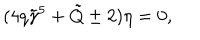
LaTeX: ( 4 q \tilde { \gamma } ^ { 5 } + \tilde { Q } \pm 2 ) \eta = 0 ,